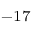
^ { - 1 7 }